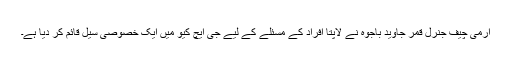
آرمی چیف جنرل قمر جاوید باجوہ نے لاپتا افراد کے مسئلے کے لیے جی ایچ کیو میں ایک خصوصی سیل قائم کر دیا ہے۔